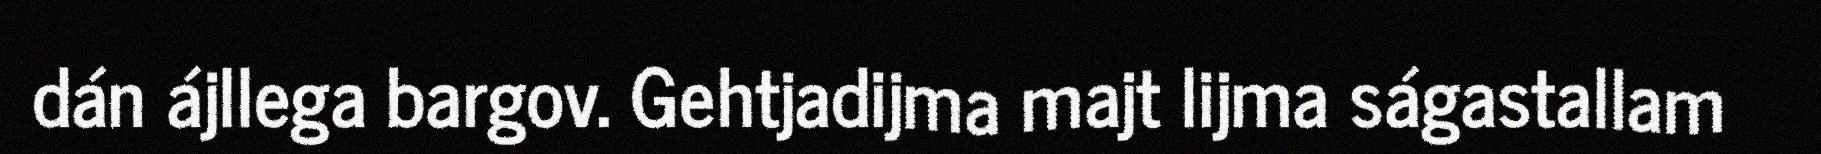
dán ájllega bargov. Gehtjadijma majt lijma ságastallam